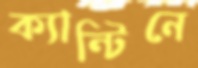
ক্যান্টিনে